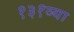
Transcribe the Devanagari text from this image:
१३१व्या